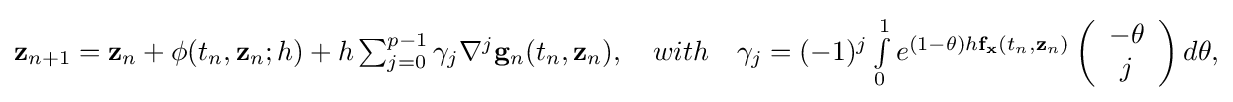
{\textstyle \mathbf {z} _{n+1}=\mathbf {z} _{n}+\mathbf {\phi } (t_{n},\mathbf {z} _{n};h)+h\sum _{j=0}^{p-1}\gamma _{j}\nabla ^{j}\mathbf {g} _{n}(t_{n},\mathbf {z} _{n}),\quad with\quad \gamma _{j}=(-1)^{j}\int \limits _{0}^{1}e^{(1-\theta )h\mathbf {f} _{\mathbf {x} }(t_{n},\mathbf {z} _{n})}\left({\begin{array}{c}-\theta \\j\end{array}}\right)d\theta ,}